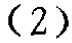
-2